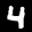
Label: 4